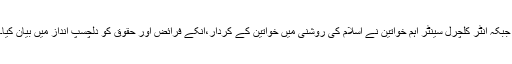
جبکہ انٹر کلچرل سینٹر اہم خواتین نے اسلام کی روشنی میں خواتین کے کردار،انکے فرائض اور حقوق کو دلچسپ انداز میں بیان کیا۔